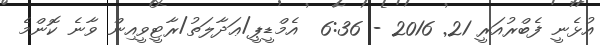
އުޅެނީ ފެބްރުއަރީ 21